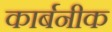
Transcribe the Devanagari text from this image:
कार्बनीक